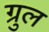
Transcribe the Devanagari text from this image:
ग्रुल